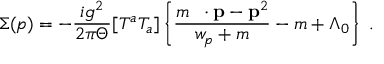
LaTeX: \Sigma ( p ) = - \frac { i g ^ { 2 } } { 2 \pi \Theta } [ T ^ { a } T _ { a } ] \left\{ \frac { m \; { \bf \gamma } \cdot { \bf p } - { \bf p } ^ { 2 } } { w _ { p } + m } - m + \Lambda _ { 0 } \right\} \; .